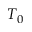
T _ { 0 }